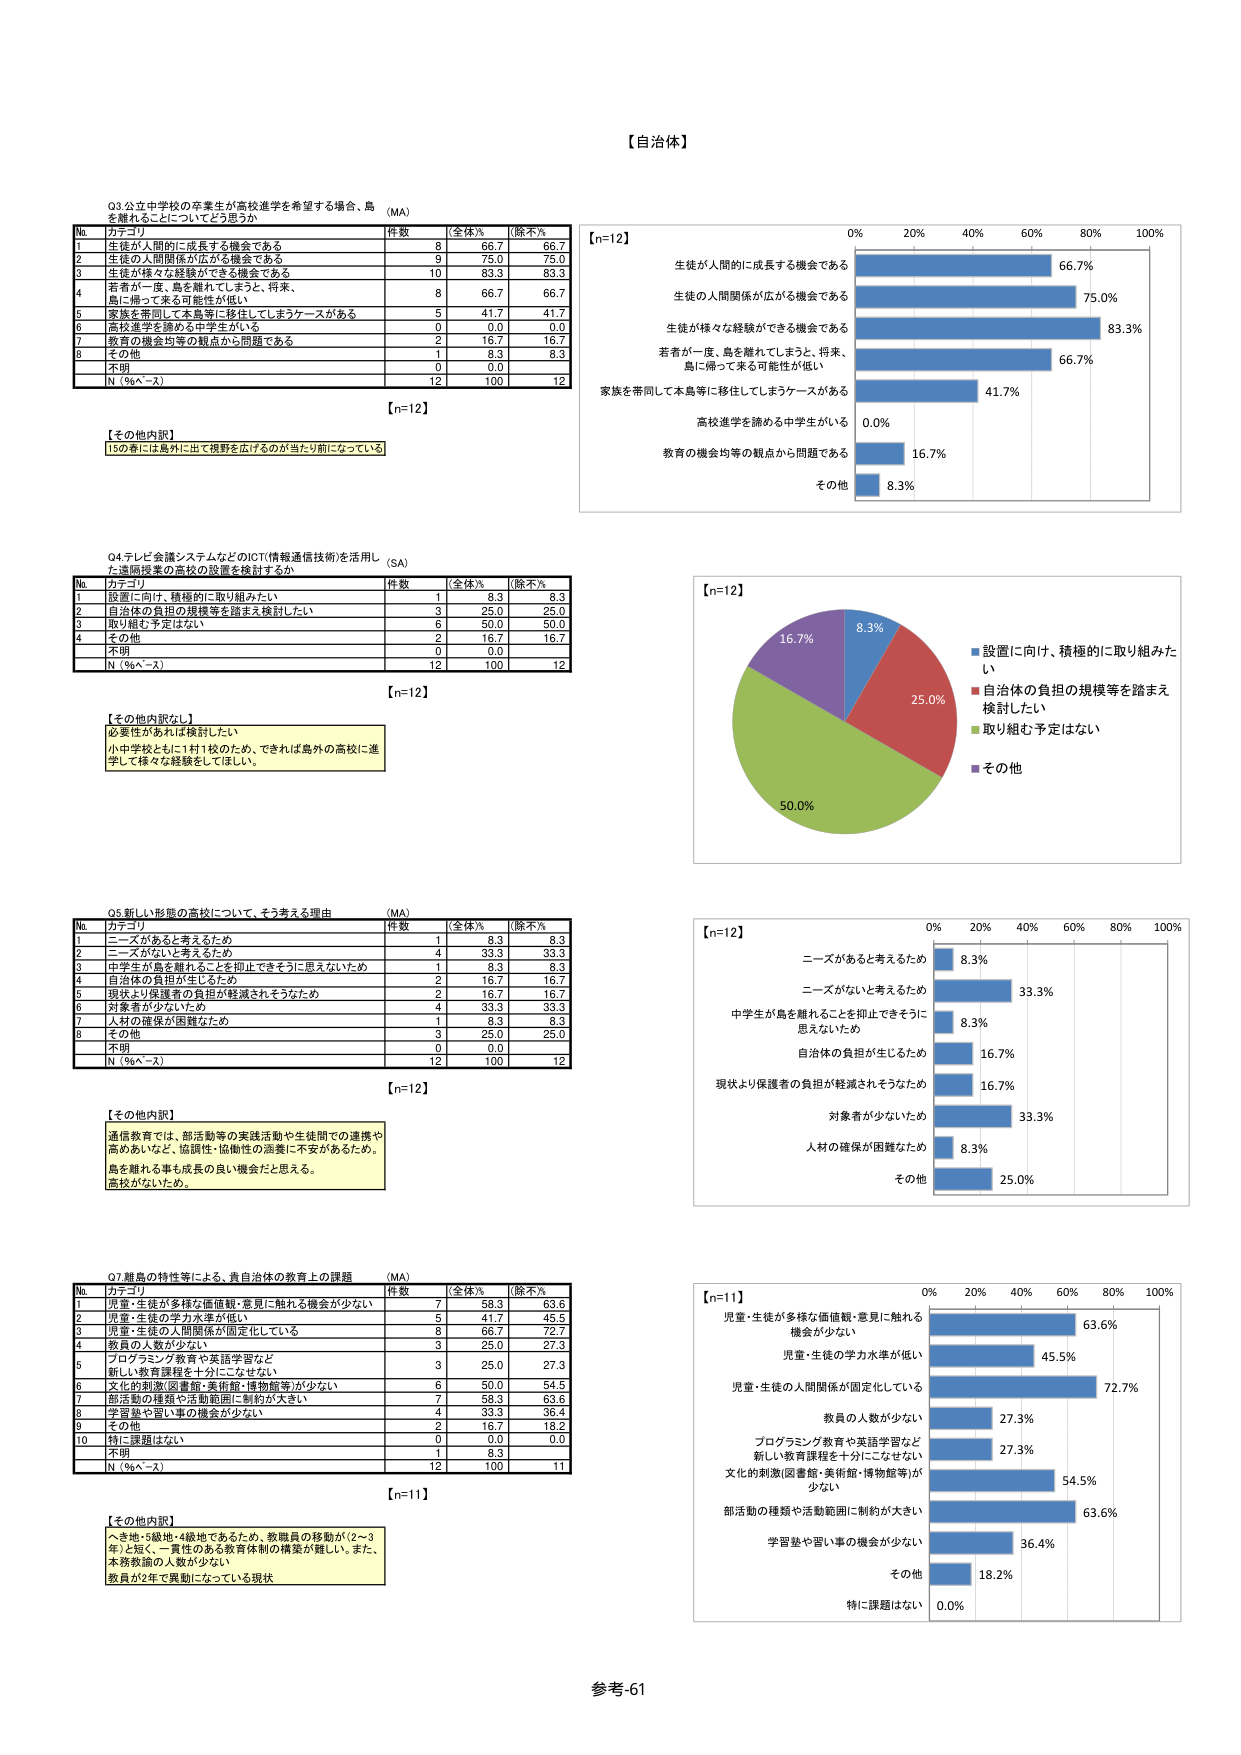
【自治体】

Q3.公立中学校の卒業生が高校進学を希望する場合、島を離れることについてどう思うか （MA）

No. カテゴリ 件数 全体% 除不尽%
1 生徒が人間的に成長する機会である 8 66.7 66.7
2 生徒の人間関係が広がる機会である 9 75.0 75.0
3 生徒が様々な経験ができる機会である 10 83.3 83.3
4 若者が一度、島を離れてまうと、将来、島に帰って来る可能性が低い 8 66.7 66.7
5 家族を帯同して本島等に移住してしまうケースがある 5 41.7 41.7
6 高校進学を諦める中学生がいる 0 0.0 0.0
7 教育の機会均等の観点から問題である 2 16.7 16.7
8 その他 1 8.3 8.3
不明 0 0.0
N（%a～x） 12 100 12

【n=12】

【その他内訳】
150名には島外に出て視野を広げるのが当たり前になっている

【n=12】

Q4.テレビ会議システムなどのICT（情報通信技術）を活用した遠隔授業の高校の設置を検討するか （SA）

No. カテゴリ 件数 全体% 除不尽%
1 設置に向け、積極的に取り組みたい 1 8.3 8.3
2 自治体の負担の規模等を踏まえ検討したい 3 25.0 25.0
3 取り組む予定はない 6 50.0 50.0
4 その他 2 16.7 16.7
不明 0 0.0
N（%a～x） 12 100 12

【n=12】

【その他内訳】
必要性があれば検討したい
小中学校ともに1校1校のため、できれば島外の高校に進学して様々な経験をしてほしい。

Q5.新しい形態の高校について、そう考える理由 （MA）

No. カテゴリ 件数 全体% 除不尽%
1 ニーズがあると考えるため 1 8.3 8.3
2 ニーズがないと考えるため 4 33.3 33.3
3 中学生が島を離れることを抑止できそうに思えないため 1 8.3 8.3
4 自治体の負担が生じるため 2 16.7 16.7
5 現状より保護者の負担が軽減されそうなため 2 16.7 16.7
6 対象者が少ないため 4 33.3 33.3
7 人材の確保が困難なため 1 8.3 8.3
8 その他 3 25.0 25.0
不明 0 0.0
N（%a～x） 12 100 12

【n=12】

【その他内訳】
通信教育では、部活動等の実践活動や生徒間での連携や高めあいなど、協調性・協働性の涵養に不十分があるため。
島を離れる事も成長の良い機会だと思う。
高校がないため。

Q7.離島の特性等による、貴自治体の教育上の課題 （MA）

No. カテゴリ 件数 全体% 除不尽%
1 児童・生徒が多様な価値観・意見に触れる機会が少ない 7 58.3 63.6
2 児童・生徒の学力水準が低い 5 41.7 45.5
3 児童・生徒の人間関係が固定化している 8 66.7 72.7
4 教員の人数が少ない 3 25.0 27.3
5 プログラミング教育や英語学習など新しい教育課程を十分にこなせない 3 25.0 27.3
6 文化的刺激（図書館・美術館・博物館等）が少ない 6 50.0 54.5
7 部活動の種類や活動範囲に制約が大きい 7 58.3 63.6
8 学習塾や習い事の機会が少ない 4 33.3 36.4
9 その他 2 16.7 18.2
10 特に課題はない 0 0.0 0.0
不明 1 8.3
N（%a～x） 12 100 11

【n=11】

【その他内訳】
へき地・5級地・4級地であるため、教職員の移動が（2～3年）と短く、一貫性のある教育体制の構築が難しい。また、本務教諭の人数が少ない
教員が2年で異動になっている現状

【n=12】
生徒が人間的に成長する機会である 66.7%
生徒の人間関係が広がる機会である 75.0%
生徒が様々な経験ができる機会である 83.3%
若者が一度、島を離れてまうと、将来、島に帰って来る可能性が低い 66.7%
家族を帯同して本島等に移住してしまうケースがある 41.7%
高校進学を諦める中学生がいる 0.0%
教育の機会均等の観点から問題である 16.7%
その他 8.3%

【n=12】
■ 設置に向け、積極的に取り組みたい 8.3%
■ 自治体の負担の規模等を踏まえ検討したい 25.0%
■ 取り組む予定はない 50.0%
■ その他 16.7%

【n=12】
ニーズがあると考えるため 8.3%
ニーズがないと考えるため 33.3%
中学生が島を離れることを抑止できそうに思えないため 8.3%
自治体の負担が生じるため 16.7%
現状より保護者の負担が軽減されそうなため 16.7%
対象者が少ないため 33.3%
人材の確保が困難なため 8.3%
その他 25.0%

【n=11】
児童・生徒が多様な価値観・意見に触れる機会が少ない 63.6%
児童・生徒の学力水準が低い 45.5%
児童・生徒の人間関係が固定化している 72.7%
教員の人数が少ない 27.3%
プログラミング教育や英語学習など新しい教育課程を十分にこなせない 27.3%
文化的刺激（図書館・美術館・博物館等）が少ない 54.5%
部活動の種類や活動範囲に制約が大きい 63.6%
学習塾や習い事の機会が少ない 36.4%
その他 18.2%
特に課題はない 0.0%

参考-61